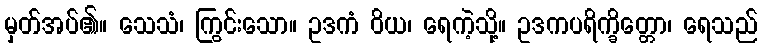
မှတ်အပ်၏။ သေသံ၊ ကြွင်းသော။ ဥဒကံ ဝိယ၊ ရေကဲ့သို့။ ဥဒကပရိက္ခိတ္တော၊ ရေသည်